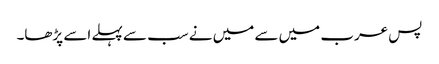
پس عرب میں سے میں نے سب سے پہلے اسے پڑھا۔